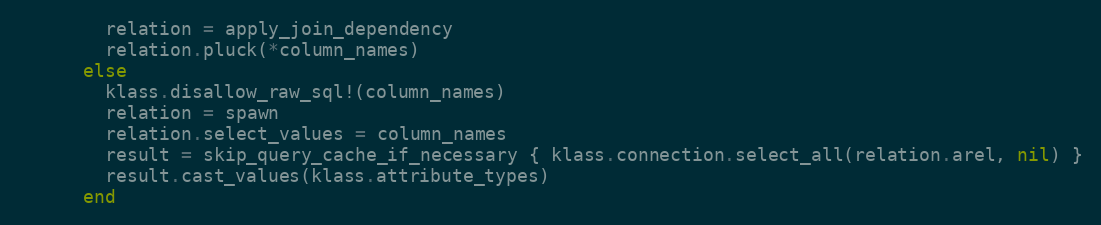
Language: Ruby
        relation = apply_join_dependency
        relation.pluck(*column_names)
      else
        klass.disallow_raw_sql!(column_names)
        relation = spawn
        relation.select_values = column_names
        result = skip_query_cache_if_necessary { klass.connection.select_all(relation.arel, nil) }
        result.cast_values(klass.attribute_types)
      end